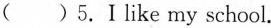
( ) 5.Ⅰlike my school.